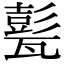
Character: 甏